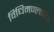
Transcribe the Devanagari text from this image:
विधिमण्लादि।